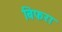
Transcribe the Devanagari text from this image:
बिफरा